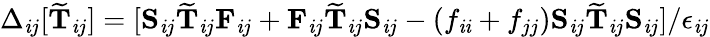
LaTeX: \Delta_{\mathit{i}j}[\mathbf{{\widetilde{{T}}}}_{\mathit{i}j}]=[\mathbf{{S}}_{\mathit{i}j}\mathbf{{\widetilde{{T}}}}_{\mathit{i}j}\mathbf{{F}}_{\mathit{i}j}+\mathbf{{F}}_{\mathit{i}j}\mathbf{{\widetilde{{T}}}}_{\mathit{i}j}\mathbf{{S}}_{\mathit{i}j}-(f_{\mathit{i}\mathit{i}}+f_{jj})\mathbf{{S}}_{\mathit{i}j}\mathbf{{\widetilde{{T}}}}_{\mathit{i}j}\mathbf{{S}}_{\mathit{i}j}]/\epsilon_{\mathit{i}j}